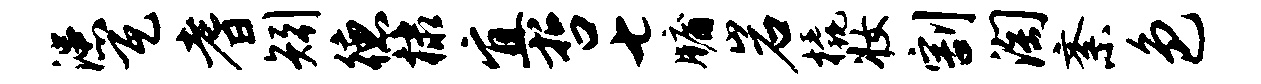
漶瓦耆矧德棣宜哲七牖岩橇妆割淘紊色